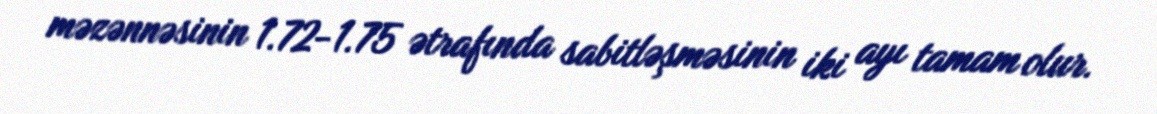
məzənnəsinin 1.72-1.75 ətrafında sabitləşməsinin iki ayı tamam olur.